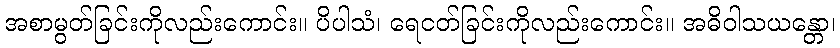
အစာမွတ်ခြင်းကိုလည်းကောင်း။ ပိပါသံ၊ ရေငတ်ခြင်းကိုလည်းကောင်း။ အဓိဝါသယန္တော၊